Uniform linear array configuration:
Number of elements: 4
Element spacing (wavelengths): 1
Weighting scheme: uniform
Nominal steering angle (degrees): -60
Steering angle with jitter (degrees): -60.374
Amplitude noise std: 0.05
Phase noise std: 0.05

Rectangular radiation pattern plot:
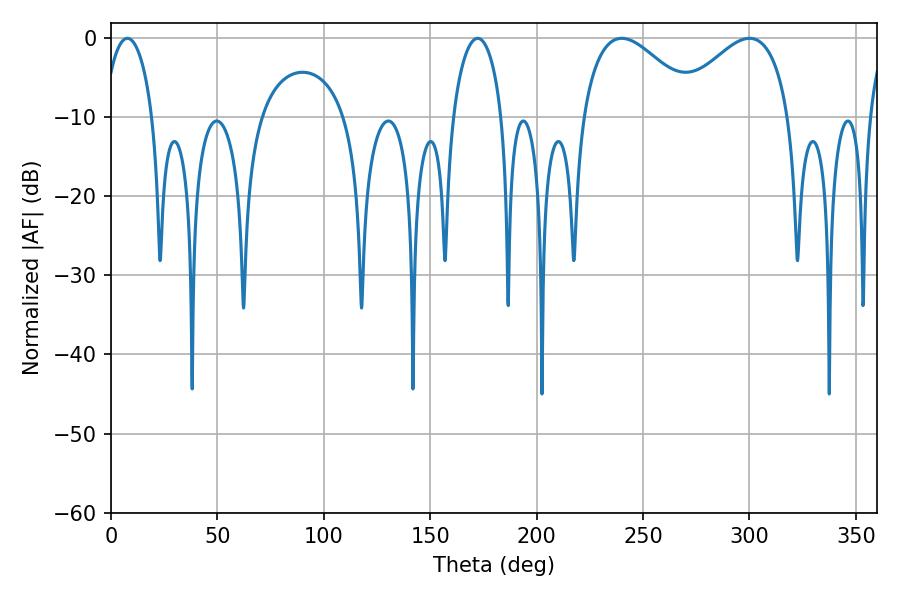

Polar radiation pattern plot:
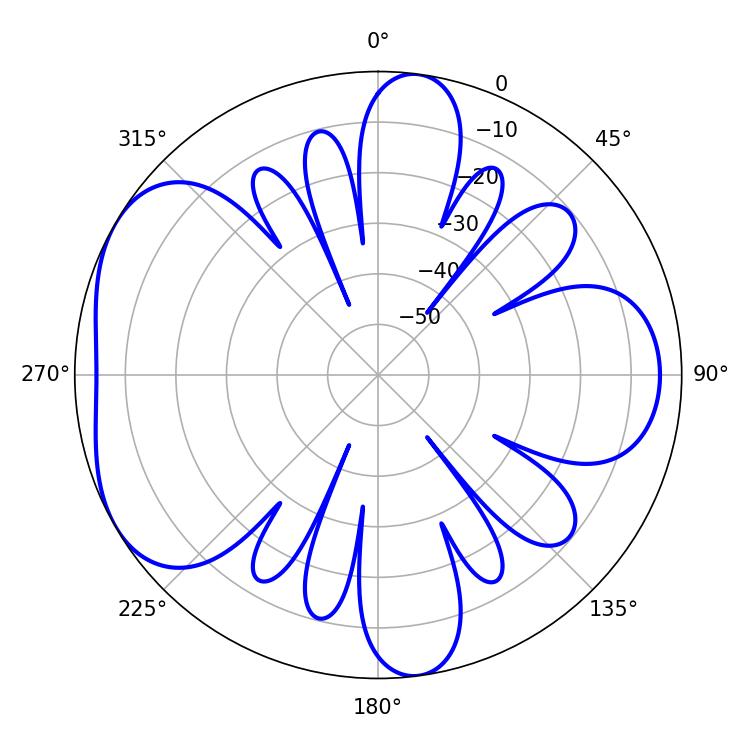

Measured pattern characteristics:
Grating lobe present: TRUE
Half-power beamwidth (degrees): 29.7
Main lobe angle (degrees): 239.94